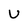
Character: U